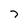
Character: 7